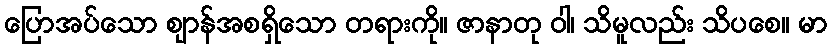
ပြောအပ်သော ဈာန်အစရှိသော တရားကို။ ဇာနာတု ဝါ၊ သိမူလည်း သိပစေ။ မာ